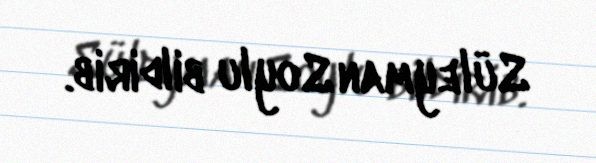
Süleyman Soylu bildirib.